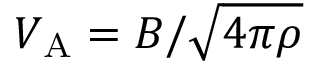
V _ { \mathrm { A } } = B / \sqrt { 4 \pi \rho }